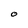
Character: o